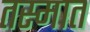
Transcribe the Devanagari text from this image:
तस्मात